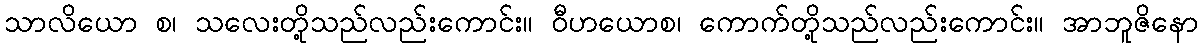
သာလိယော စ၊ သလေးတို့သည်လည်းကောင်း။ ဝီဟယောစ၊ ကောက်တို့သည်လည်းကောင်း။ အာဘူဇိနော